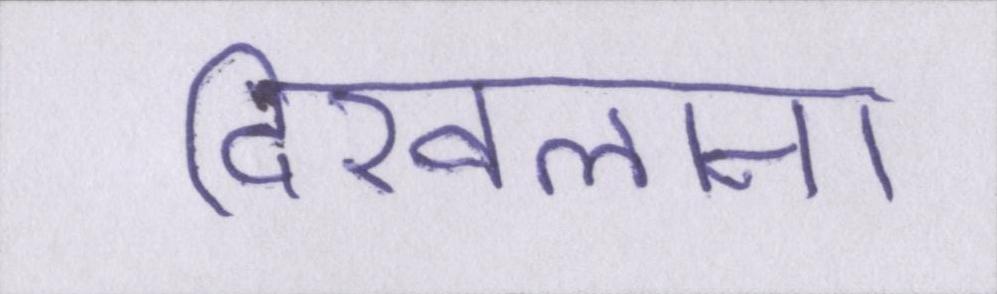
दिखलाना